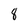
Character: 8